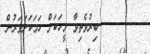
٢٦       ބިރުވެތިވާ މީހަކަށް ހަމަކަށަވަރުން